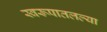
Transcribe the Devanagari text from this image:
स्वरूपातलल्या